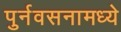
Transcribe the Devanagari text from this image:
पुर्नवसनामध्ये